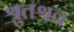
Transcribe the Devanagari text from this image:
श्रुतश्रव